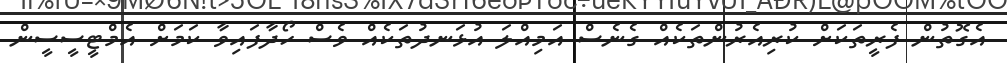
އެގޮތުން ފެރީތަކަށް ކުރިއެރުންތަކެއް ގެނެސް އަމިއްލަ އުޅަނދުތަކެއް ވެސް ހޯދާފައިވާ ކަމަށް އެމްޓީސީސީން